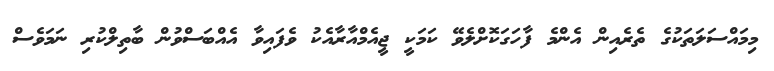
މިމައްސަލަތަކުގެ ތެރެއިން އެންމެ ފާހަގަކޮށްލެވޭ ކަމަކީ ޖީއެމްއާރާއެކު ވެފައިވާ އެއްބަސްވުން ބާތިލްކުރި ނަމަވެސް